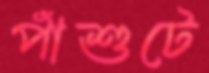
পাঁশুটে